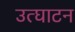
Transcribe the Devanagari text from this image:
उत्घाटन